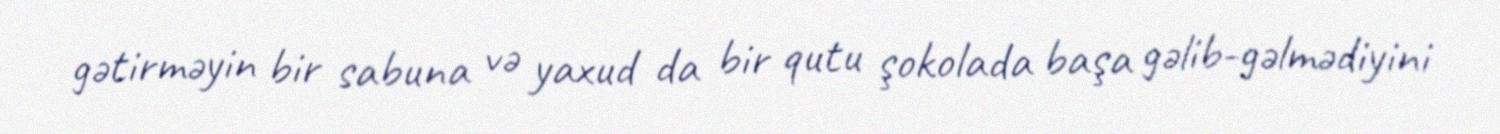
gətirməyin bir sabuna və yaxud da bir qutu şokolada başa gəlib-gəlmədiyini